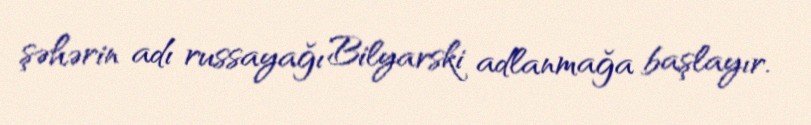
şəhərin adı russayağı Bilyarski adlanmağa başlayır.